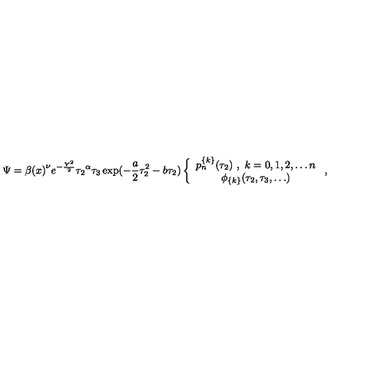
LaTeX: \Psi = { \beta ( x ) } ^ { \nu } e ^ { - \frac { Y ^ { 2 } } { 2 } } { \tau _ { 2 } } ^ { \alpha } \tau _ { 3 } \exp ( - \frac { a } { 2 } \tau _ { 2 } ^ { 2 } - b \tau _ { 2 } ) \left\{ \begin{array} { c } { p _ { n } ^ { \{ k \} } ( \tau _ { 2 } ) \ , \ k = 0 , 1 , 2 , \ldots n } \\ { \phi _ { \{ k \} } ( \tau _ { 2 } , \tau _ { 3 } , \ldots ) } \\ \end{array} \ , \right.